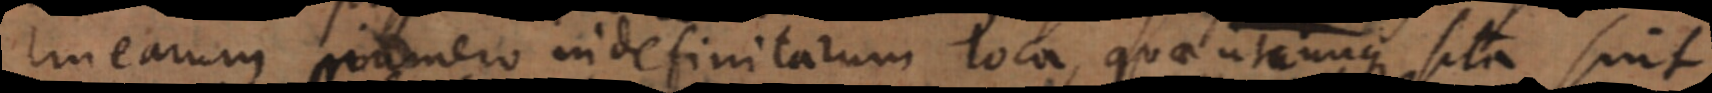
linearum numero indefinitarum loca, quae utcunque sit